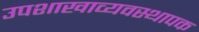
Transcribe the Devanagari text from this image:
उपशाखाव्यवस्थापक